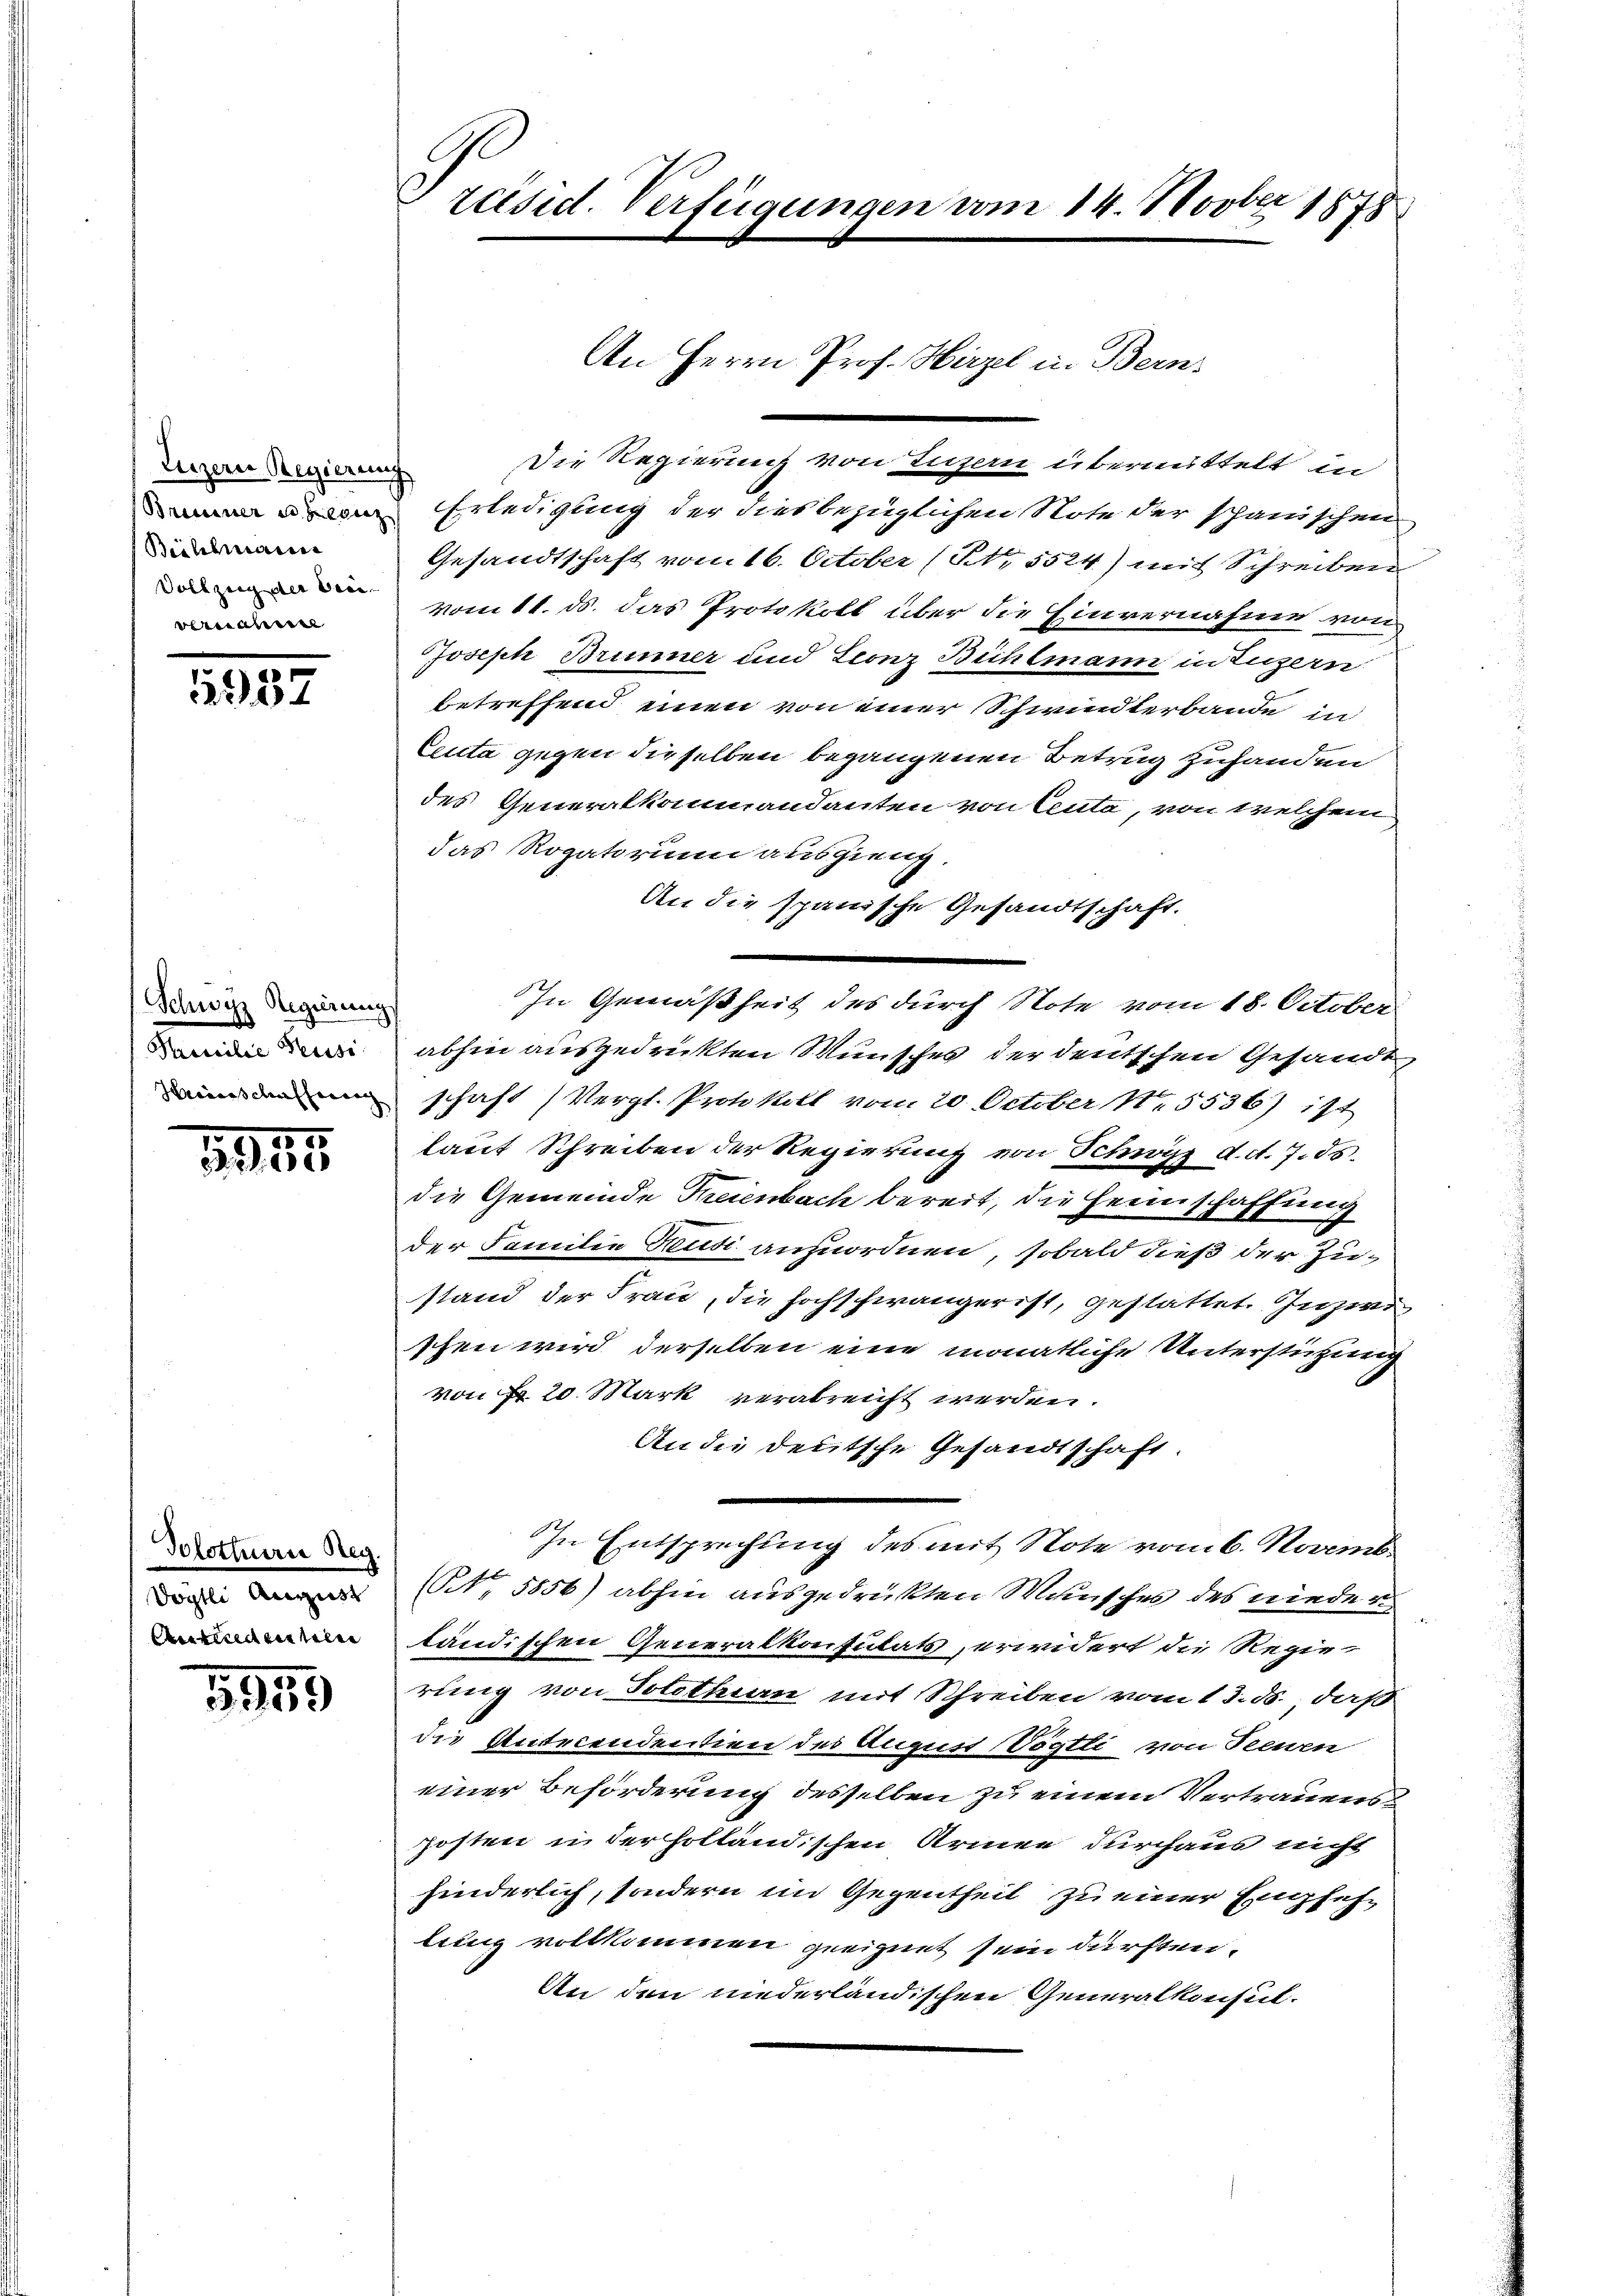
Luzern Regierung
Biillmann
vernahme

987

Schwyz Regierung
Strasilie Persse

1945

Tolothurne Reg.
döstli August
Ansiedenseler

5959

räisid. Verfügungen vom 14. Novber 1878

Die Regierung von Luzern übermittelt in
 Erledigung der diesbezüglichen Note der spanischen
Gesandtschaft vom 16. October (N. 5524) mit Schreiben
d der vom 11. ds. das Protokoll über die Einvernahme von
Joseph Brunner und Leonz Bühlmann in Luzern
betreffend einen von einer Schwindterbande in
Ceuta gegen dieselben begangenen Betrug zuhanden
des Generalkommandanten von Centa, von welchem
das Rogatorium ausgieng.
An die spanische Gesandtschaft.
In Gemäßheit des durch Note vom 18. October
abhin ausgedrückten Wunsches der deutschen Gesandt,
 den schaft (Vergl. Protokoll vom 20. October 15536) ist
laut Schreiben der Regierung von Schwyz d. d. 7. ds.
die Gemeinde Freienbach bereit, die Heimschaffung
der Familie Reuti anzuordnen, sobald dieß der Zustand der Frau, die hochschwänger ist, gestattet. Inzwi
schen wird derselben eine monatliche Unterstützung
von Fr. 20. Mark verabreicht werden.
An die deutsche Gesandtschaft.
In Entsprechung des mit Note vom 6. Novemb.
NNo. 5856) abhin ausgedrükten Wunsches des nieder
ländischen Generalkonsulats, erwidert die Regie-
rung von Solothurn mit Schreiben vom 13. ds., daß
die Antecendentien des August Vögtli von Seewen
einer Beförderung desselben zu einem Vertrauensposten in der holländischen Armee durchaus nicht
hinderlich, sondern im Gegentheit zu einer Engsehe
lung vollkommen geeignet sein dürften.
An den niederländischen Generalkonsul-

An Herrn Prof. Hirzel in Bern,